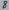
Text: 8